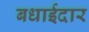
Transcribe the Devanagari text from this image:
बधाईदार